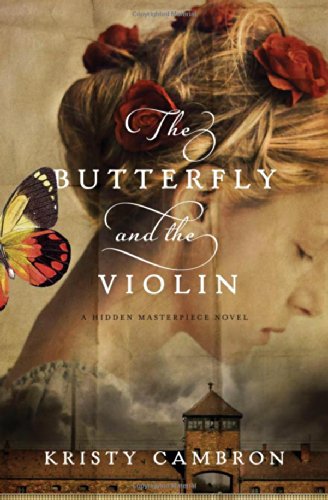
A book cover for The Butterfly and the Violin (A Hidden Masterpiece Novel); Kristy Cambron; Romance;